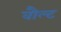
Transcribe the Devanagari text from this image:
वौल्ट